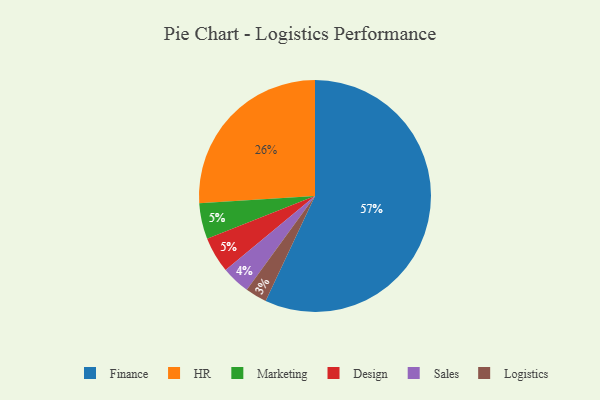
{"axis": {"x": "Category", "y": "Percentage"}, "legend": ["Design", "Finance", "HR", "Logistics", "Marketing", "Sales"], "data": [{"x": "Logistics", "y": 3, "type": "Logistics"}, {"x": "Marketing", "y": 5, "type": "Marketing"}, {"x": "Design", "y": 5, "type": "Design"}, {"x": "Finance", "y": 57, "type": "Finance"}, {"x": "Sales", "y": 4, "type": "Sales"}, {"x": "HR", "y": 26, "type": "HR"}]}